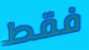
فقط